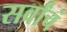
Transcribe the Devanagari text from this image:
सर्वांचं